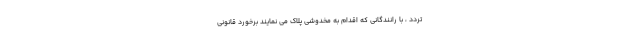
تردد ، با رانندگانی که اقدام به مخدوشی پلاک می نمایند برخورد قانونی